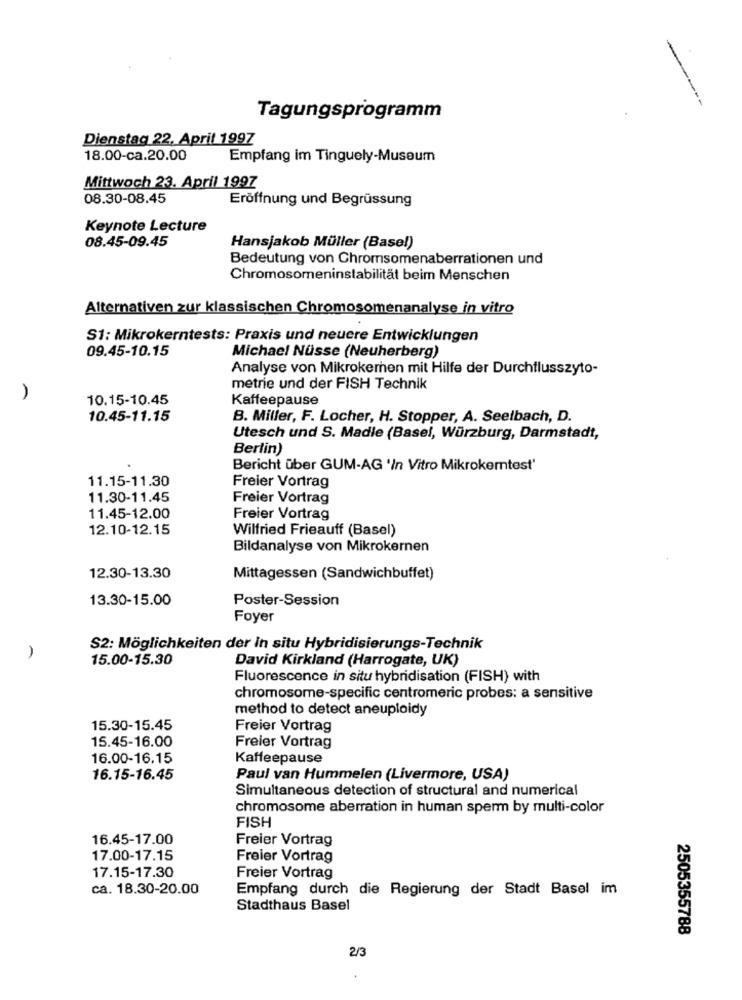
Tagungsprogramm
Dienstag 22, April 1997
18.00-ca.20.00
Empfang im Tinguely-Museum
Mittwoch 23. April 1997
08.30-08.45
Eröffnung und Begrüssung
Keynote Lecture
08.45-09.45
Hansjakob Müller (Basel)
Bedeutung von Chromsomenaberrationen und
Chromosomeninstabilität beim Menschen
Alternativen zur klassischen Chromosomenanalyse in vitro
S1: Mikrokerntests: Praxis und neuere Entwicklungen
09.45-10.15
Michael Nüsse (Neuherberg)
Analyse von Mikrokernen mit Hilfe der Durchflusszyto-
metrie und der FISH Technik
10.15-10.45
Kaffeepause
10.45-11.15
B. Miller, F. Locher, H. Stopper, A. Seelbach, D.
Utesch und S. Madle (Basel, Würzburg, Darmstadt,
Berlin)
Bericht über GUM-AG 'In Vitro Mikrokemtest'
11.15-11.30
Freier Vortrag
11.30-11.45
Freier Vortrag
11.45-12.00
Freier Vortrag
12.10-12.15
Wilfried Frieauff (Basel)
Bildanalyse von Mikrokernen
12.30-13.30
Mittagessen (Sandwichbuffet)
13.30-15.00
Poster-Session
Foyer
S2: Möglichkeiten der In situ Hybridisierungs-Technik
15.00-15.30
David Kirkland (Harrogate, UK)
Fluorescence in situ hybridisation (FISH) with
chromosome-specific centromeric probes: a sensitive
method to detect aneuploidy
15.30-15.45
Freier Vortrag
15.45-16.00
Freier Vortrag
16.00-16.15
Kaffeepause
16.15-16.45
Paul van Hummelen (Livermore, USA)
Simultaneous detection of structural and numerical
chromosome aberration in human sperm by multi-color
FISH
16.45-17.00
Freier Vortrag
17.00-17.15
Freier Vortrag
17.15-17.30
Freier Vortrag
ca. 18.30-20.00
Empfang durch die Regierung der Stadt Basel im
Stadthaus Basel
2505355788
2/3